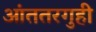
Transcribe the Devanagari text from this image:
आंततरगुही